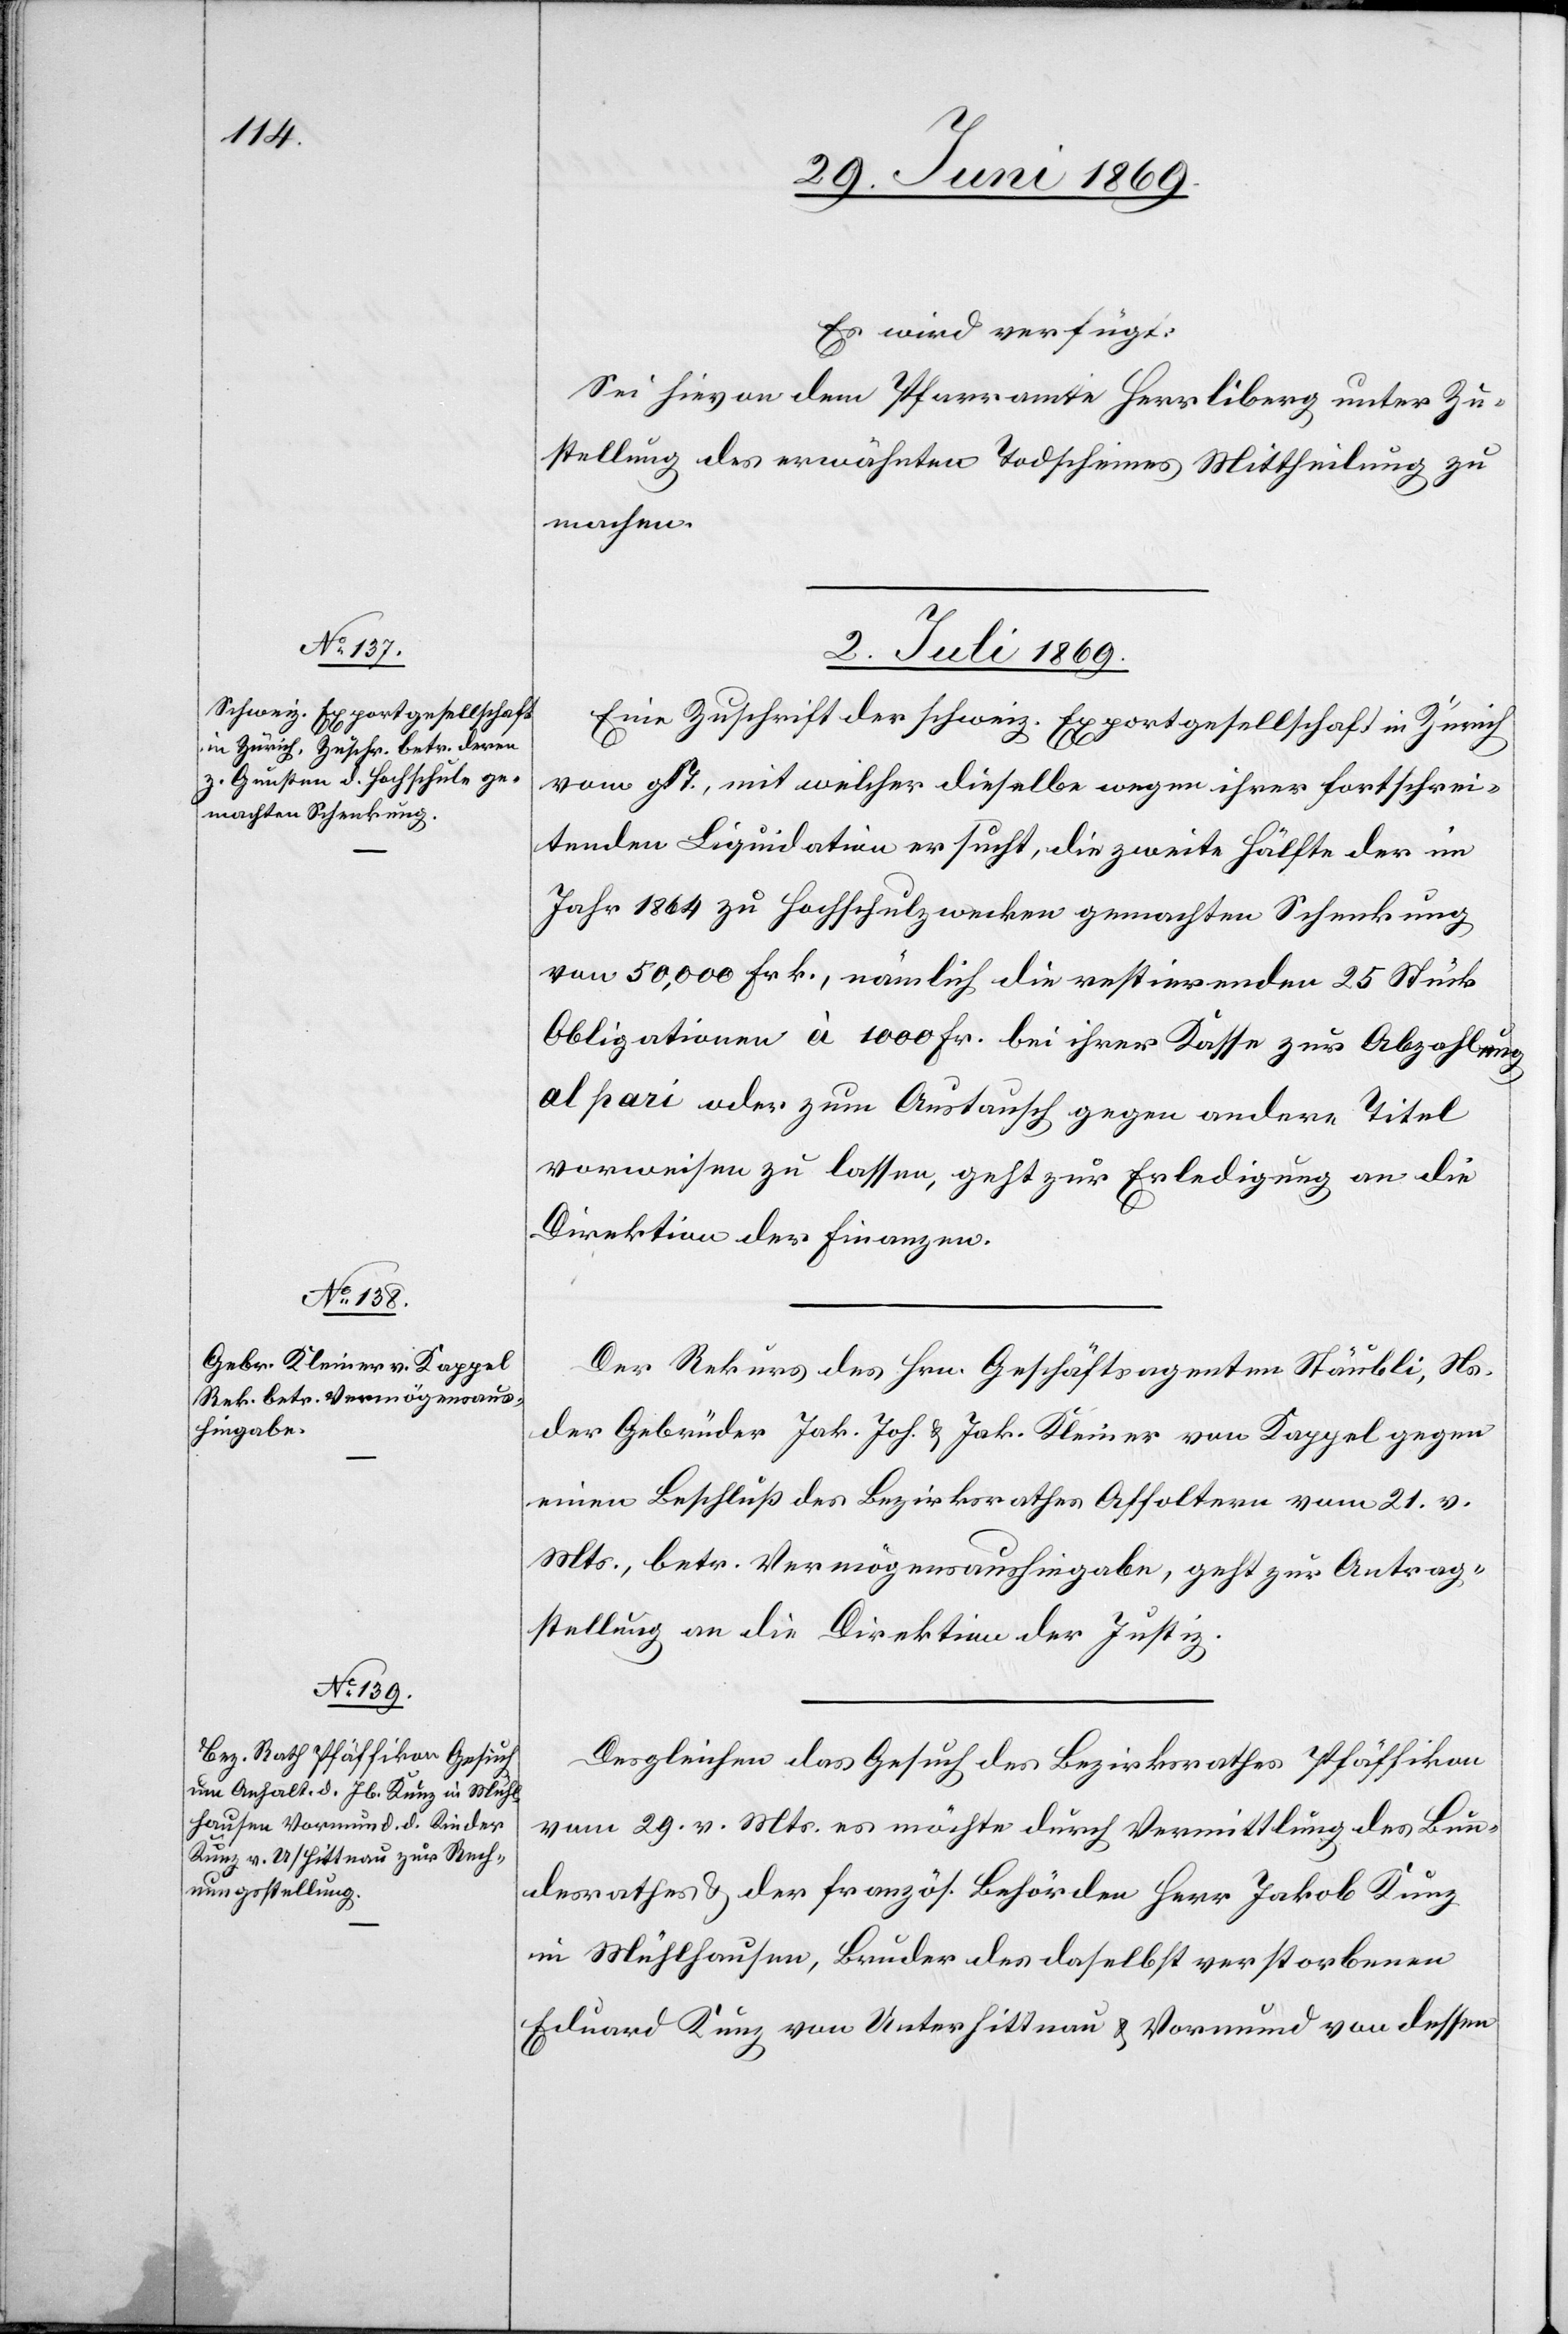
Es wird verfügt:
Sei hievon dem Pfarramte Herrliberg unter Zu¬
stellung des erwähnten Todscheines Mittheilung zu
machen.
2. Juli 1869.]
Eine Zuschrift der schweiz. Exportgesellschaft in Zürich
vom g. T., mit welcher dieselbe wegen ihrer fortschrei¬
tenden Liquidation ersucht, die zweite Hälfte der im
Jahr 1864 zu Hochschulzwecken gemachten Schenkung
von 50,000 Frk., nämlich die restirenden 25 Stück
Obligationen à 1000 Fr. bei ihrer Kasse zur Abzahlung
al pari oder zum Austausch gegen andere Titel
vorweisen zu lassen, geht zur Erledigung an die
Direktion der Finanzen.
Der Rekurs des Hrn. Geschäftsagenten Stäubli, Ns.
der Gebrüder Jak. Joh. u. Jak. Kleiner von Kappel gegen
einen Beschluß des Bezirksrathes Affoltern vom 21. v.
Mts., betr. Vermögensaushingabe, geht zur Antrag¬
stellung an die Direktion der Justiz.
Desgleichen das Gesuch des Bezirksrathes Pfäffikon
vom 29. v. Mts. es möchte durch Vermittlung des Bun¬
desrathes u. der französ. Behörden Herr Jakob Kunz
in Mühlhausen, Bruder des daselbst verstorbenen
Eduard Kunz von Unterhittnau u. Vormund von dessen